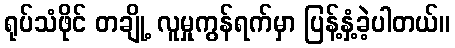
ရုပ်သံဖိုင် တချို့ လူမှုကွန်ရက်မှာ ပြန့်နှံ့ခဲ့ပါတယ်။